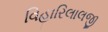
વિહારિલાલજી